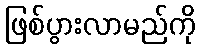
ဖြစ်ပွားလာမည်ကို